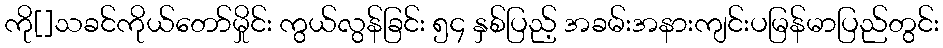
ကို[]သခင်ကိုယ်တော်မှိုင်း ကွယ်လွန်ခြင်း ၅၄ နှစ်ပြည့် အခမ်းအနားကျင်းပမြန်မာပြည်တွင်း